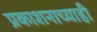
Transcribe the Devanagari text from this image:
प्रकाशनाच्याही